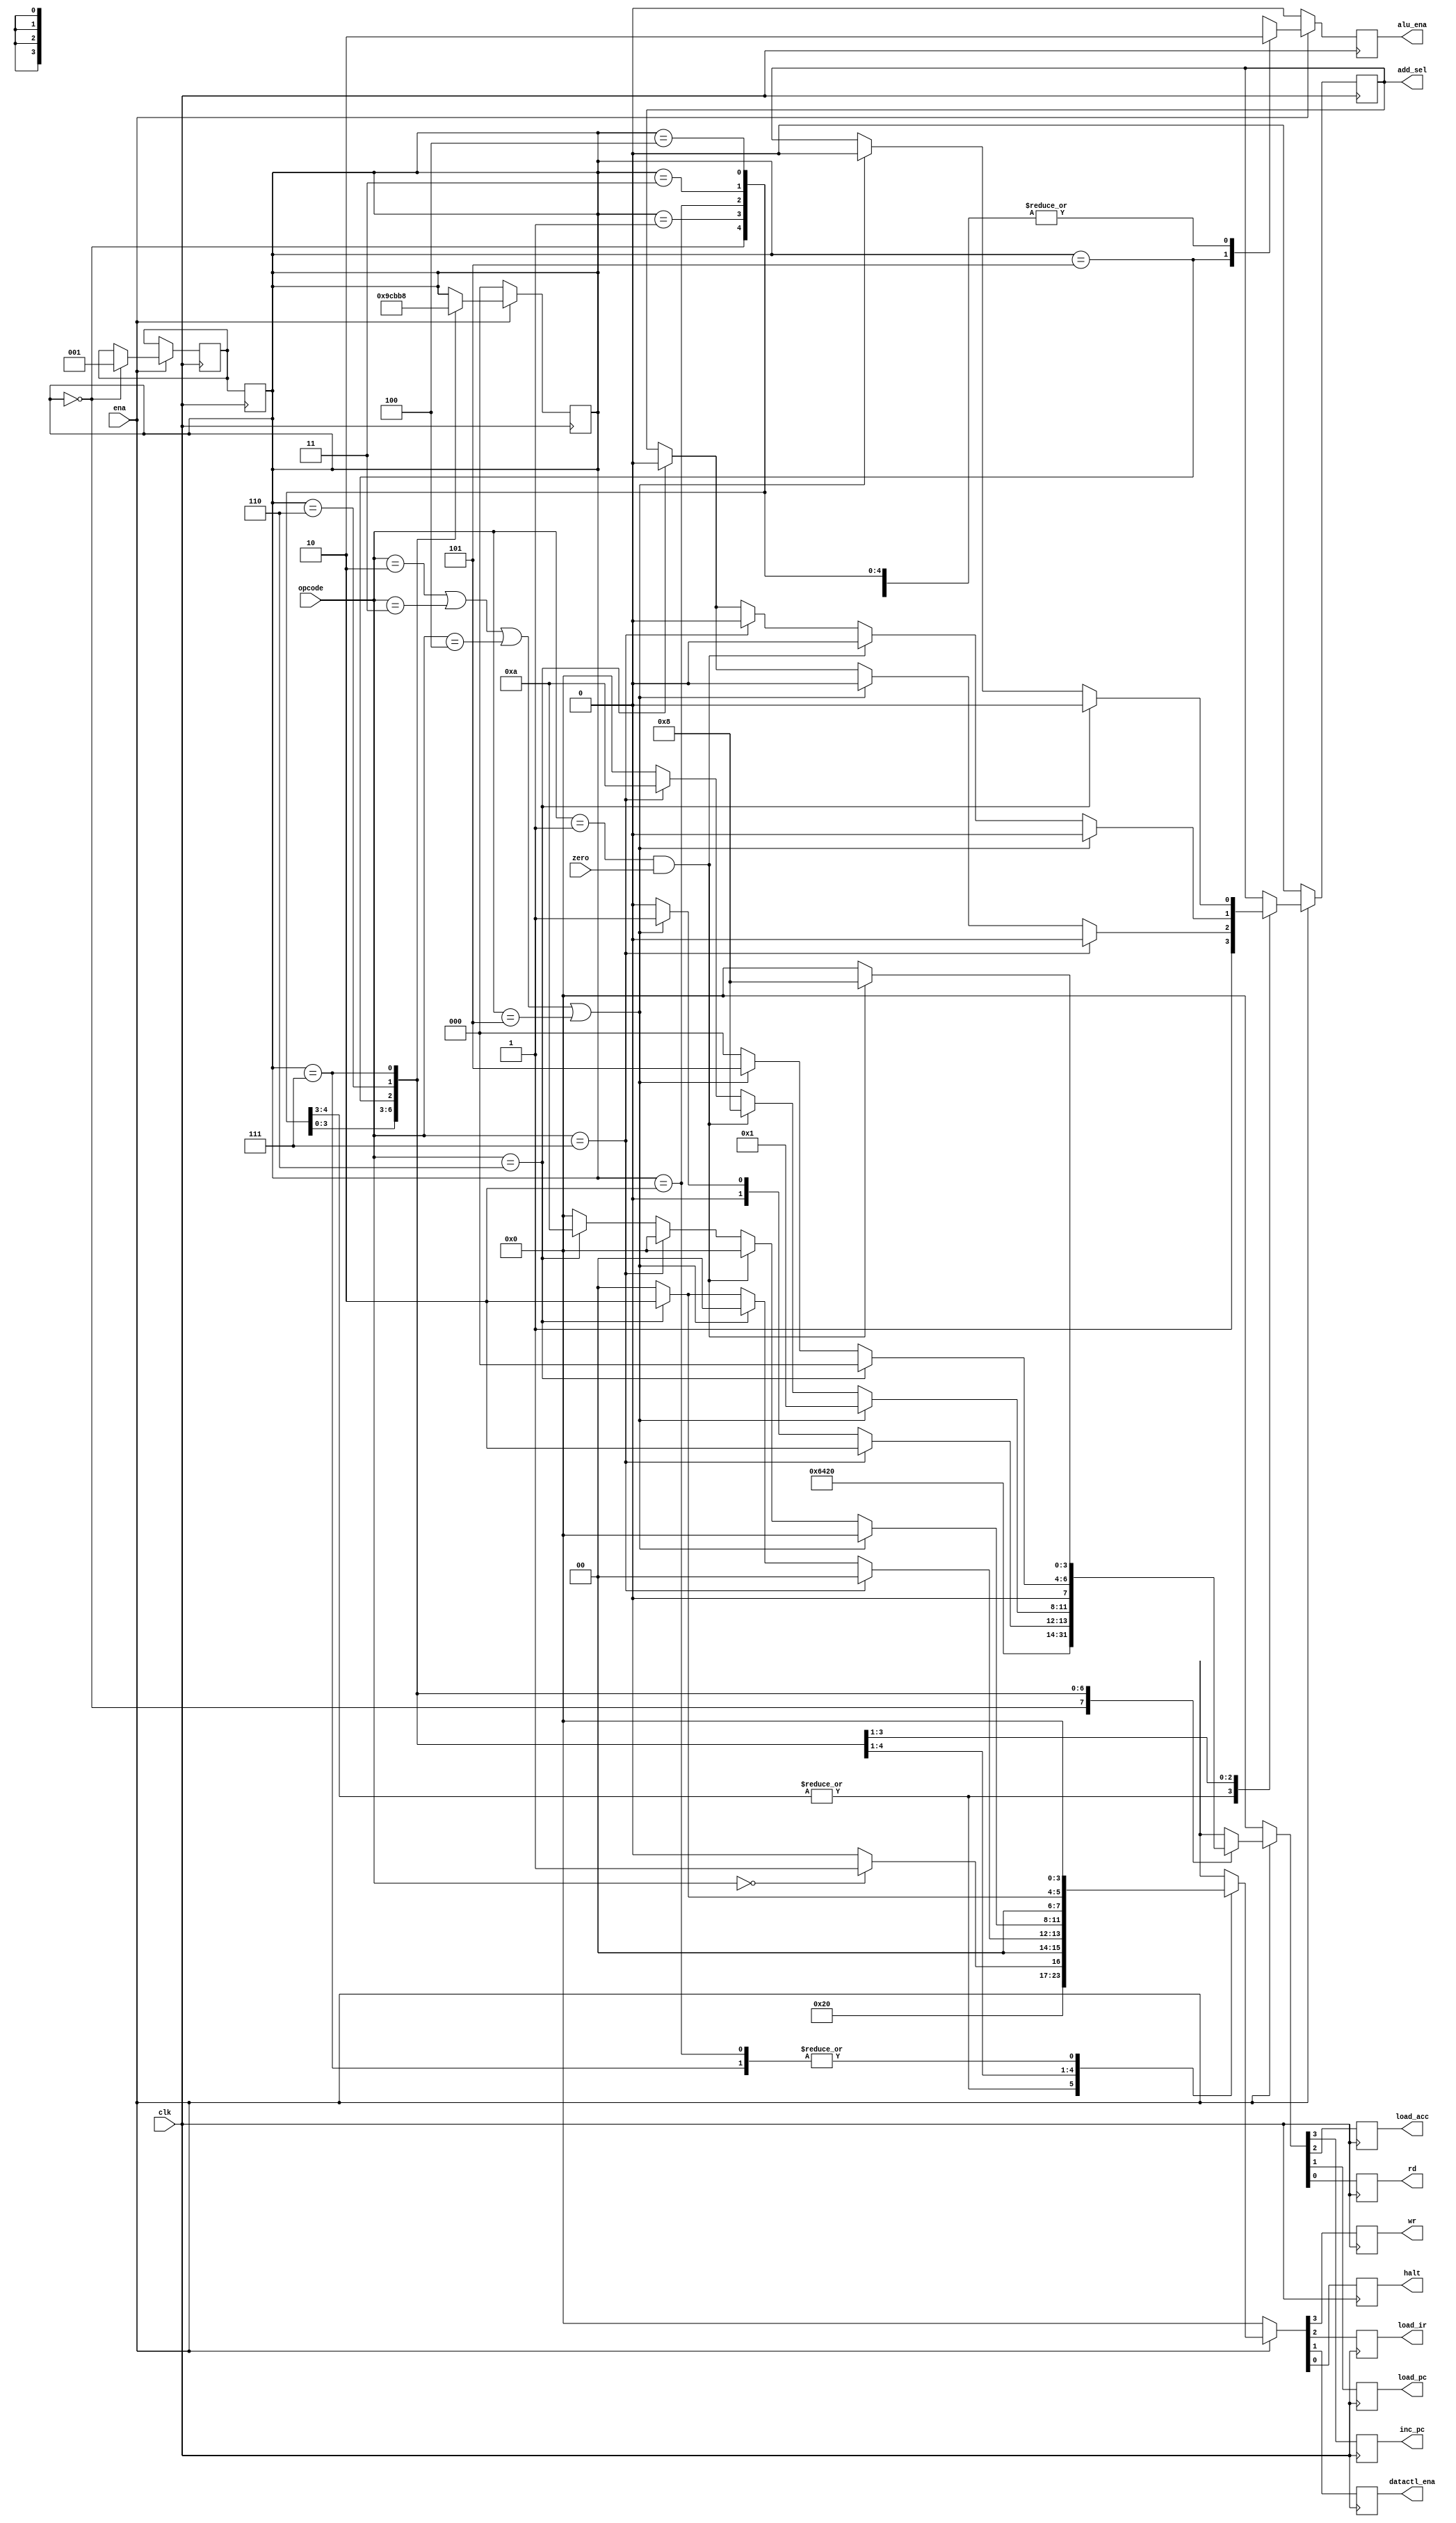
`timescale 1ns/1ns
module machine(
	input clk,
	input zero,
	input ena,
	input [2:0] opcode,
	output reg inc_pc,
	output reg load_acc,
	output reg load_pc,
	output reg rd,
	output reg wr,
	output reg load_ir,
	output reg datactl_ena,
	output reg halt,
	output reg alu_ena,
	output reg add_sel
);

  
  reg[2:0] state;
  reg[2:0] n_state;
  
  parameter HLT = 3'b000,
  			SKZ = 3'b001,
  			ADD = 3'b010,
  			ANDD = 3'b011,
  			XORR = 3'b100,
  			LDA = 3'b101,
  			STO = 3'b110,
  			JMP = 3'b111;


	always@(posedge clk)
	begin
		state <= n_state;
	end
	always@(posedge clk)
	begin
		if(ena != 1)
			begin
				state <= 3'b000;
				alu_ena <= 1'b0;
				add_sel <= 1'b0;
				{inc_pc,load_acc,load_pc,rd} <= 4'b0000;
				{wr,load_ir,datactl_ena,halt} <= 4'b0000;
			end
		else
			casex(state)
			3'b000:
				begin
					{inc_pc, load_acc, load_pc, rd}  <= 4'b0001;
					{wr, load_ir, datactl_ena, halt} <= 4'b0100;
					alu_ena <= 1'b0;
					add_sel <= 1;
					n_state <= 3'b001;
				end
			
			3'b001:
				begin
					{inc_pc, load_acc, load_pc, rd}  <= 4'b1001;
					{wr, load_ir, datactl_ena, halt} <= 4'b0100;
					add_sel <= 1;
					alu_ena <= 1'b0;
					state <= 3'b010;
				end
		
			3'b010:
			begin
				{inc_pc, load_acc, load_pc, rd}  <= 4'b0000;
				{wr, load_ir, datactl_ena, halt} <= 4'b0000;
				alu_ena <= 1'b0;
				state <= 3'b011;
			end
		
			3'b011:
			begin
				if(opcode == HLT)
				begin
					{inc_pc, load_acc, load_pc, rd}  <= 4'b1000;
					{wr, load_ir, datactl_ena, halt} <= 4'b0001;
					alu_ena <= 1'b0;
				end
				else
				begin
					{inc_pc, load_acc, load_pc, rd}  <= 4'b1000;
					{wr, load_ir, datactl_ena, halt} <= 4'b0000;
					alu_ena <= 1'b0;
				end
			state <= 3'b100;
			end
		
			3'b100:
			begin
				if(opcode == JMP)
				begin
					{inc_pc, load_acc, load_pc, rd}  <= 4'b0010;
					{wr, load_ir, datactl_ena, halt} <= 4'b0000;
					add_sel <= 1'b0;
					alu_ena <= 1'b0;
				end
				else if(opcode == ADD || opcode == ANDD || opcode == XORR || opcode == LDA)
				begin
					{inc_pc, load_acc, load_pc, rd}  <= 4'b0001;
					{wr, load_ir, datactl_ena, halt} <= 4'b0000;
					add_sel <= 1'b0;
					alu_ena <= 1'b0;
				end
				else if(opcode == STO)
				begin
					{inc_pc, load_acc, load_pc, rd}  <= 4'b0000;
					{wr, load_ir, datactl_ena, halt} <= 4'b0010;
					add_sel <= 1'b0;
					alu_ena <= 1'b0;
				end
				else
				begin
					{inc_pc, load_acc, load_pc, rd}  <= 4'b0000;
					{wr, load_ir, datactl_ena, halt} <= 4'b0000;
					alu_ena <= 1'b0;
				end
				state <= 3'b101;
			end
			
			3'b101:	//operation
			begin
				if(opcode == ADD || opcode == ANDD || opcode == XORR || opcode == LDA)
				begin
					{inc_pc, load_acc, load_pc, rd}  <= 4'b0001;
					{wr, load_ir, datactl_ena, halt} <= 4'b0000;
					add_sel <= 1'b0;
					alu_ena <= 1'b1;
				end
				else if(opcode == SKZ && zero == 1)
				begin
					{inc_pc, load_acc, load_pc, rd}  <= 4'b1000;
					{wr, load_ir, datactl_ena, halt} <= 4'b0000;
					add_sel <= 1'b0;
					alu_ena <= 1'b1;
				end
				else if(opcode == JMP)
				begin
					{inc_pc, load_acc, load_pc, rd}  <= 4'b1010;
					{wr, load_ir, datactl_ena, halt} <= 4'b0000;
					add_sel <= 1'b0;
					alu_ena <= 1'b1;
				end
				else if(opcode == STO)
				begin
					{inc_pc, load_acc, load_pc, rd}  <= 4'b0000;
					{wr, load_ir, datactl_ena, halt} <= 4'b1010;
					add_sel <= 1'b0;
					alu_ena <= 1'b1;
				end
				else
				begin
					{inc_pc, load_acc, load_pc, rd}  <= 4'b0000;
					{wr, load_ir, datactl_ena, halt} <= 4'b0000;
					alu_ena <= 1'b1;
				end
				state <= 3'b110;
			end

			3'b110:
			begin
				if(opcode == STO)
				begin
					{inc_pc, load_acc, load_pc, rd}  <= 4'b0000;
					{wr, load_ir, datactl_ena, halt} <= 4'b0010;
					add_sel <= 1'b0;
					alu_ena <= 1'b0;
				end
				else if(opcode == ADD || opcode == ANDD || opcode == XORR || opcode == LDA)
				begin
					{inc_pc, load_acc, load_pc, rd}  <= 4'b0101;
					{wr, load_ir, datactl_ena, halt} <= 4'b0000;
					add_sel <= 1'b0;
					alu_ena <= 1'b0;
				end
				else
				begin
					{inc_pc, load_acc, load_pc, rd}  <= 4'b0000;
					{wr, load_ir, datactl_ena, halt} <= 4'b0000;
					alu_ena <= 1'b0;
				end
				state <= 3'b111;
			end

			3'b111:
			begin
				if(opcode == SKZ && zero == 1)
				begin
					{inc_pc, load_acc, load_pc, rd}  <= 4'b1000;
					{wr, load_ir, datactl_ena, halt} <= 4'b0000;
					alu_ena <= 1'b0;
				end
				else
				begin
					{inc_pc, load_acc, load_pc, rd}  <= 4'b0000;
					{wr, load_ir, datactl_ena, halt} <= 4'b0000;
					alu_ena <= 1'b0;
				end
				state <= 3'b000;
			end
			default:
			begin
				{inc_pc, load_acc, load_pc, rd}  <= 4'b0000;
				{wr, load_ir, datactl_ena, halt} <= 4'b0000;
				alu_ena <= 1'b0;
			end
		endcase
		end

endmodule